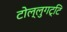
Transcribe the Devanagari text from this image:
टोल्लुगट्टि